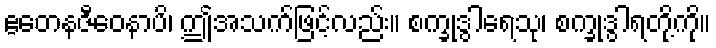
ဧတေနဇီဝေနာပိ၊ ဤအသက်ဖြင့်လည်း။ စက္ခုဒွါရေသု၊ စက္ခုဒွါရတို့ကို။